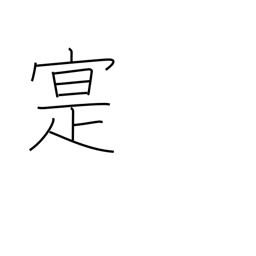
Meaning: real